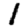
Digit: 1